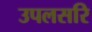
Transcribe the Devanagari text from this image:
उपलसरि